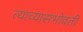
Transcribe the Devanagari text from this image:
त्याच्यासभोवती